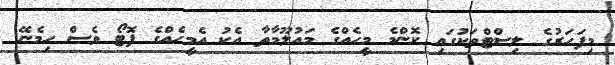
މިފަހަރުގެ ލިސްޓްތަކުގައި ކޮންމެ މީހެއްގެ މައުލޫމާތާ އެކު އެމީހެއްގެ ފޮޓޯ ވެސް ހިމެނޭ